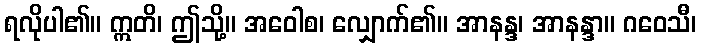
ရလိုပါ၏။ ဣတိ၊ ဤသို့။ အဝေါစ၊ လျှောက်၏။ အာနန္ဒ၊ အာနန္ဒာ။ ဂဝေသီ၊